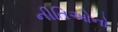
નીતિઓનો